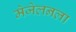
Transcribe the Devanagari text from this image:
मेजेलनला